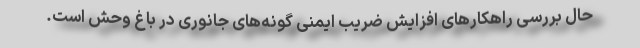
حال بررسی راهکارهای افزایش ضریب ایمنی گونه‌های جانوری در باغ وحش است.